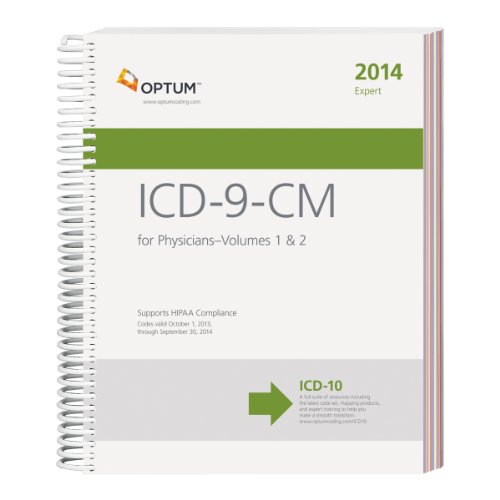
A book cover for ICD-9-CM Expert for Physicians, Volumes 1 & 2--2014 (Spiral); Optum360; Business & Money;